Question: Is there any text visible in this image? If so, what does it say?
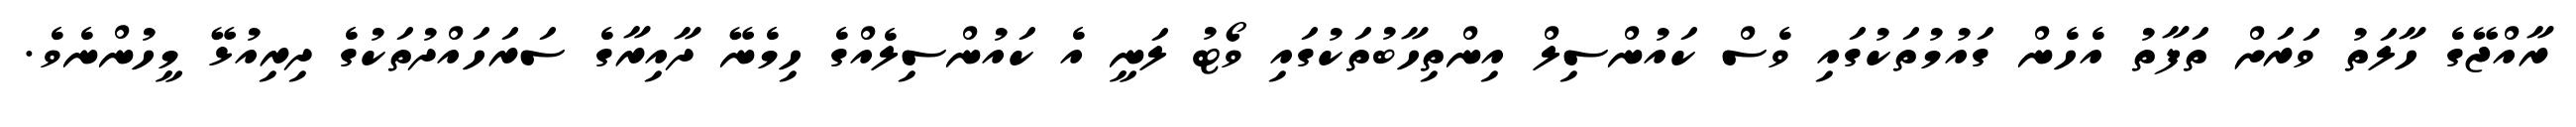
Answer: ރާއްޖޭގެ ހާލަތު ވަރަށް ތަފާތު އެހެން ގައުމުތަކުގައި ވެސް ކައުންސިލް އިންތިހާބުތަކުގައި ވޯޓު ލަނީ އެ ކައުންސިލެއްގެ ހިމެނޭ ދާއިރާގެ ސަރަހައްދުތަކުގެ ދިރިއުޅޭ މީހުންނެވެ.